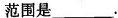
范围是___.